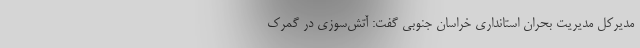
مدیرکل مدیریت بحران استانداری خراسان جنوبی گفت: آتش‌سوزی در گمرک